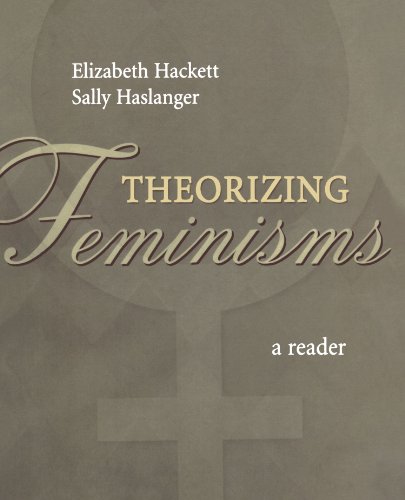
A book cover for Theorizing Feminisms: A Reader; Gay & Lesbian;